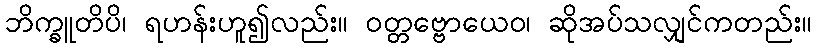
ဘိက္ခူတိပိ၊ ရဟန်းဟူ၍လည်း။ ဝတ္တဗ္ဗောယေဝ၊ ဆိုအပ်သလျှင်ကတည်း။